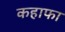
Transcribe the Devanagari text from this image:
कहाफा